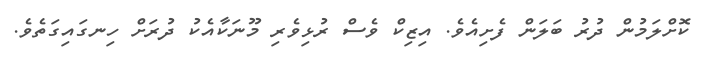
ކޮށްލަމުން ދުރު ބަލަން ފެށިއެވެ. އިޒިކް ވެސް ރުޅިވެރި މޫނަކާއެކު ދުރަށް ހިނގައިގަތެވެ.